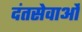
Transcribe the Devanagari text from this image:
दंतसेवाओं